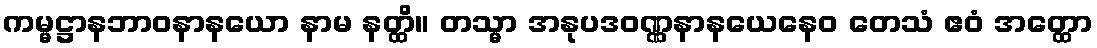
ကမ္မဋ္ဌာနဘာဝနာနယော နာမ နတ္ထိ။ တသ္မာ အနုပဒဝဏ္ဏနာနယေနေဝ တေသံ ဧဝံ အတ္ထော